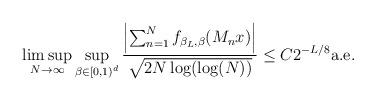
LaTeX: \begin{align*} \limsup_{N\to\infty}\sup_{\beta\in[0,1)^d}\frac{\left|\sum_{n=1}^Nf_{\beta_{L},\beta}(M_nx)\right|}{\sqrt{2N\log(\log(N))}}\leq C2^{-L/8} \textnormal{a.e.}\end{align*}